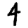
Digit: 4